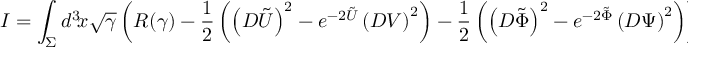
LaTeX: I = \int _ { \Sigma } d ^ { 3 } \! x \sqrt { \gamma } \left( R ( \gamma ) - { \frac { 1 } { 2 } } \left( \left( D \tilde { U } \right) ^ { 2 } - e ^ { - 2 \tilde { U } } \left( D V \right) ^ { 2 } \right) - { \frac { 1 } { 2 } } \left( \left( D \tilde { \Phi } \right) ^ { 2 } - e ^ { - 2 \tilde { \Phi } } \left( D \Psi \right) ^ { 2 } \right) \right) \ ,